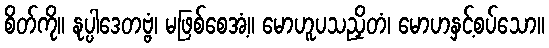
စိတ်ကို။ နုပ္ပါဒေတဗ္ဗံ၊ မဖြစ်စေအံ့။ မောဟူပသညှိတံ၊ မောဟနှင့်စပ်သော။